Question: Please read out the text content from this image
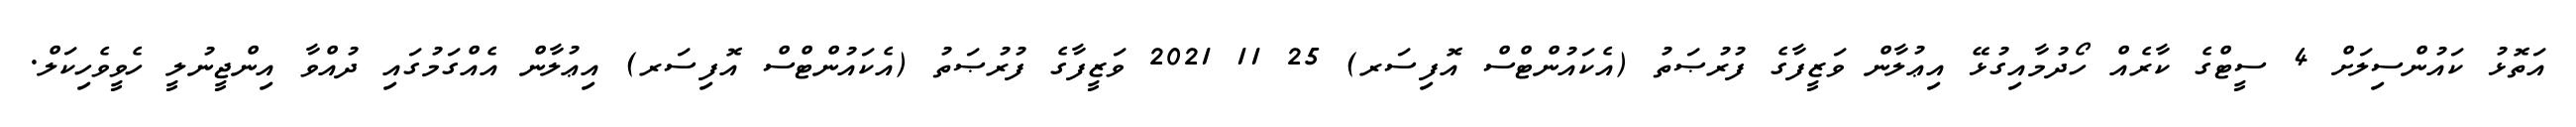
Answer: އަތޮޅު ކައުންސިލަށް 4 ސީޓްގެ ކާރެއް ހޯދުމާއިގުޅޭ އިޢުލާން ވަޒީފާގެ ފުރުޞަތު (އެކައުންޓްސް އޮފިސަރ) 25 11 2021 ވަޒީފާގެ ފުރުޞަތު (އެކައުންޓްސް އޮފިސަރ) އިޢުލާން އެއްގަމުގައި ދުއްވާ އިންޖީނުލީ ހެވީވެހިކަލް.